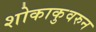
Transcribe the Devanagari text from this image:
शोकाकुवरुन